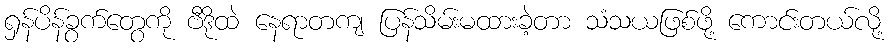
ရှန်ပိန်ခွက်တွေကို ဗီဒိုထဲ နေရာတကျ ပြန်သိမ်းမထားခဲ့တာ သံသယဖြစ်ဖို့ ကောင်းတယ်လို့